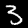
Digit: 3